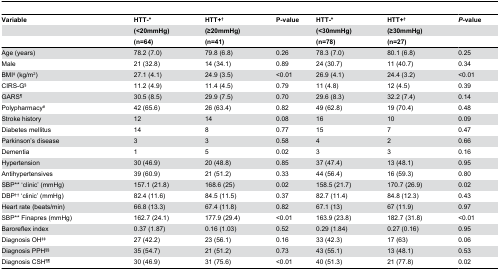
<table><thead><tr><td><b>Variable</b></td><td><b>HTT-*</b></td><td><b>HTT+<sup>†</sup></b></td><td><b>P-value</b></td><td><b>HTT-*</b></td><td><b>HTT+<sup>†</sup></b></td><td><b><i>P</i>-value</b></td></tr><tr><td></td><td><b>(&lt;20mmHg)</b></td><td><b>(≥20mmHg)</b></td><td></td><td><b>(&lt;30mmHg)</b></td><td><b>(≥30mmHg)</b></td><td></td></tr><tr><td></td><td><b>(n=64)</b></td><td><b>(n=41)</b></td><td></td><td><b>(n=78)</b></td><td><b>(n=27)</b></td><td></td></tr></thead><tbody><tr><td>Age (years)</td><td>78.2 (7.0)</td><td>79.8 (6.8)</td><td>0.26</td><td>78.3 (7.0)</td><td>80.1 (6.8)</td><td>0.25</td></tr><tr><td>Male</td><td>21 (32.8)</td><td>14 (34.1)</td><td>0.89</td><td>24 (30.7)</td><td>11 (40.7)</td><td>0.34</td></tr><tr><td>BMI<sup>‡</sup> (kg/m<sup>2</sup>)</td><td>27.1 (4.1)</td><td>24.9 (3.5)</td><td>&lt;0.01</td><td>26.9 (4.1)</td><td>24.4 (3.2)</td><td>&lt;0.01</td></tr><tr><td>CIRS-G<sup>§</sup></td><td>11.2 (4.9)</td><td>11.4 (4.5)</td><td>0.79</td><td>11 (4.8)</td><td>12 (4.5)</td><td>0.39</td></tr><tr><td>GARS<sup>¶</sup></td><td>30.5 (8.5)</td><td>29.9 (7.5)</td><td>0.70</td><td>29.6 (8.3)</td><td>32.2 (7.4)</td><td>0.14</td></tr><tr><td>Polypharmacy<sup>#</sup></td><td>42 (65.6)</td><td>26 (63.4)</td><td>0.82</td><td>49 (62.8)</td><td>19 (70.4)</td><td>0.48</td></tr><tr><td>Stroke history</td><td>12</td><td>14</td><td>0.08</td><td>16</td><td>10</td><td>0.09</td></tr><tr><td>Diabetes mellitus</td><td>14</td><td>8</td><td>0.77</td><td>15</td><td>7</td><td>0.47</td></tr><tr><td>Parkinson’s disease</td><td>3</td><td>3</td><td>0.58</td><td>4</td><td>2</td><td>0.66</td></tr><tr><td>Dementia</td><td>1</td><td>5</td><td>0.02</td><td>3</td><td>3</td><td>0.16</td></tr><tr><td>Hypertension</td><td>30 (46.9)</td><td>20 (48.8)</td><td>0.85</td><td>37 (47.4)</td><td>13 (48.1)</td><td>0.95</td></tr><tr><td>Antihypertensives</td><td>39 (60.9)</td><td>21 (51.2)</td><td>0.33</td><td>44 (56.4)</td><td>16 (59.3)</td><td>0.80</td></tr><tr><td>SBP** ‘clinic’ (mmHg)</td><td>157.1 (21.8)</td><td>168.6 (25)</td><td>0.02</td><td>158.5 (21.7)</td><td>170.7 (26.9)</td><td>0.02</td></tr><tr><td>DBP<sup>††</sup> ‘clinic’ (mmHg)</td><td>82.4 (11.6)</td><td>84.5 (11.5)</td><td>0.37</td><td>82.7 (11.4)</td><td>84.8 (12.3)</td><td>0.43</td></tr><tr><td>Heart rate (beats/min)</td><td>66.8 (13.3)</td><td>67.4 (11.8)</td><td>0.82</td><td>67.1 (13)</td><td>67 (11.9)</td><td>0.97</td></tr><tr><td>SBP** Finapres (mmHg)</td><td>162.7 (24.1)</td><td>177.9 (29.4)</td><td>&lt;0.01</td><td>163.9 (23.8)</td><td>182.7 (31.8)</td><td>&lt;0.01</td></tr><tr><td>Baroreflex index</td><td>0.37 (1.87)</td><td>0.16 (1.03)</td><td>0.52</td><td>0.29 (1.84)</td><td>0.27 (0.16)</td><td>0.95</td></tr><tr><td>Diagnosis OH<sup>‡‡</sup></td><td>27 (42.2)</td><td>23 (56.1)</td><td>0.16</td><td>33 (42.3)</td><td>17 (63)</td><td>0.06</td></tr><tr><td>Diagnosis PPH<sup>§§</sup></td><td>35 (54.7)</td><td>21 (51.2)</td><td>0.73</td><td>43 (55.1)</td><td>13 (48.1)</td><td>0.53</td></tr><tr><td>Diagnosis CSH<sup>¶¶</sup></td><td>30 (46.9)</td><td>31 (75.6)</td><td>&lt;0.01</td><td>40 (51.3)</td><td>21 (77.8)</td><td>0.02</td></tr></tbody></table>